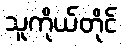
သူကိုယ်တိုင်